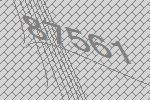
87561